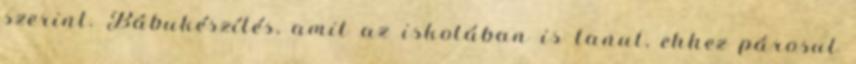
szerint. Bábukészítés, amit az iskolában is tanul, ehhez párosul